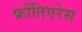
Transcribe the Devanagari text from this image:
फ्रोंतिएरेस